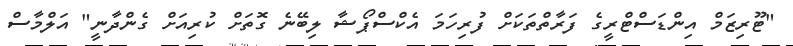
"ޓޫރިޒަމް އިންޑަސްޓްރީގެ ފަރާތްތަކަށް ފުރިހަމަ އެކްސްޕޯޝާ ލިބޭނެ ގޮތަށް ކުރިއަށް ގެންދާނީ" އަލްމާސް